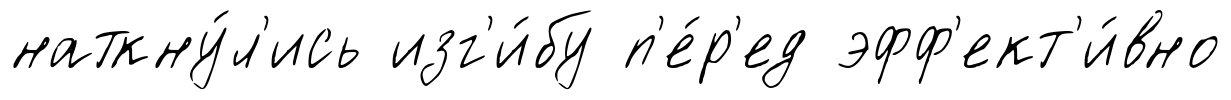
наткну́л'ись изг'и́бу п'е́р'ед эфф'ект'и́вно